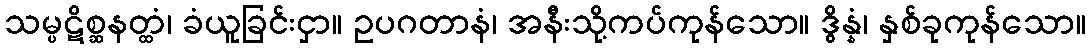
သမ္ပဋိစ္ဆနတ္ထံ၊ ခံယူခြင်းငှာ။ ဥပဂတာနံ၊ အနီးသို့ကပ်ကုန်သော။ ဒွိန္နံ၊ နှစ်ခုကုန်သော။